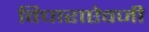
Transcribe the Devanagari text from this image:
विचाराऐवजी